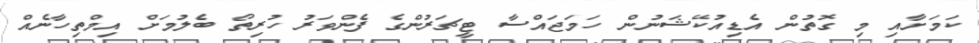
ކަމަށާއި މި ގޮތުން އެޑިއުކޭޝަނުން ހަމަޖައްސާ ޓީޗަރުންގެ ފެންވަރު ހުރިތޯ ބެލުމަށް އިމްތިހާނެއް